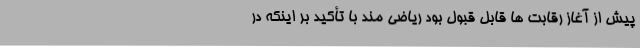
پیش از آغاز رقابت ها قابل قبول بود ریاضی مند با تأکید بر اینکه در